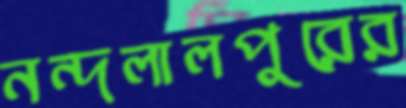
নন্দলালপুরের